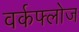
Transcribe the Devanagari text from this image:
वर्कफ्लोज